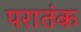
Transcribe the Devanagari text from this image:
परातंक